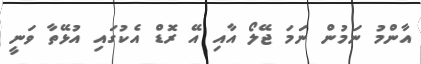
އާންމު ނަމުން ނަމަ ޖޭލޯ އާއި އޭ ރޮޑް އެކުގައި އުޅޭތާ ވަނީ